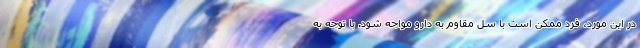
در این مورد، فرد ممکن است با سل مقاوم به دارو مواجه شود. با توجه به